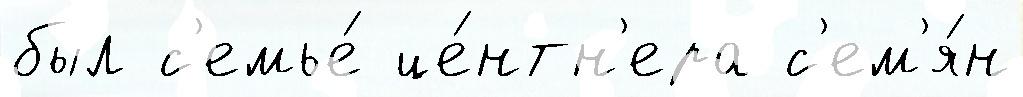
был с'емье́ це́нтн'ера с'ем'я́н